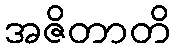
အဇိတာတိ